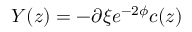
Y ( z ) = - \partial \xi e ^ { - 2 \phi } c ( z )